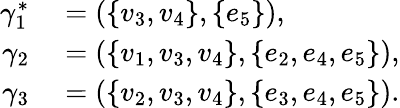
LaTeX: \begin{array}{rl}{\gamma_{1}^{\ast}}&{{}=(\{ v_{3},v_{4}\} ,\{ e_{5}\} ),}\\ {\gamma_{2}}&{{}=(\{ v_{1},v_{3},v_{4}\} ,\{ e_{2},e_{4},e_{5}\} ),}\\ {\gamma_{3}}&{{}=(\{ v_{2},v_{3},v_{4}\} ,\{ e_{3},e_{4},e_{5}\} ).}\end{array}